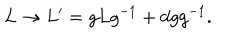
L \rightarrow L ^ { \prime } = g L g ^ { - 1 } + d g g ^ { - 1 } .